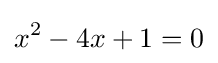
x^{2}-4x+1=0